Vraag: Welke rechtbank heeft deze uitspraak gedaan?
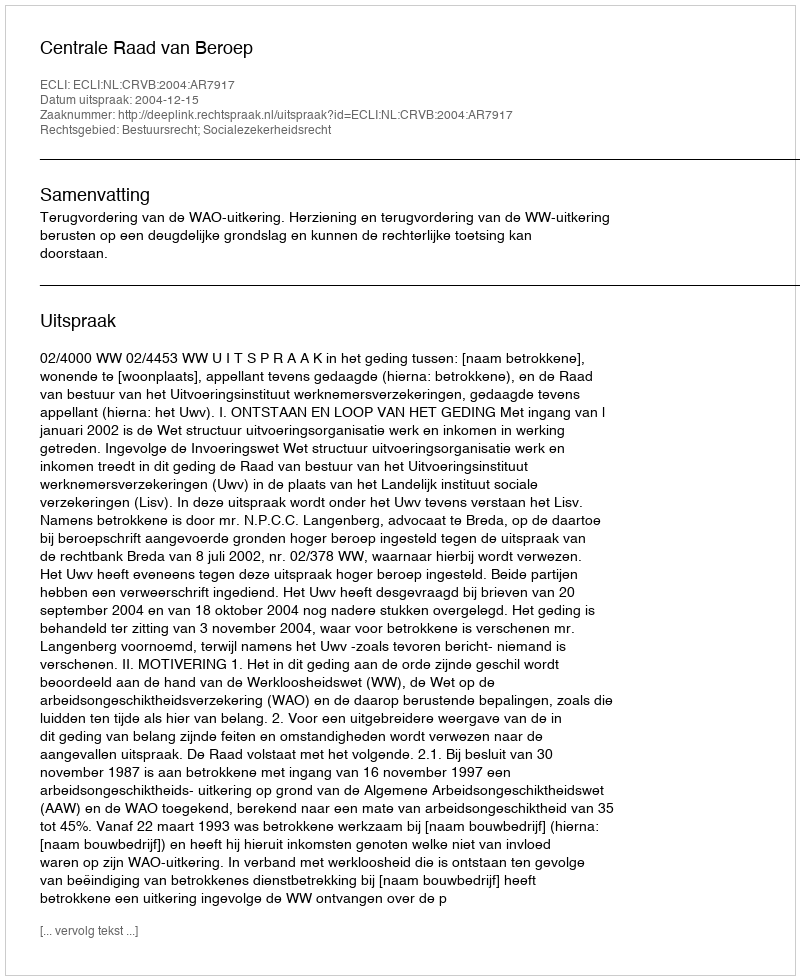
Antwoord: Centrale Raad van Beroep